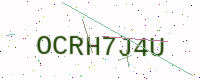
Text: OCRH7J4U